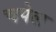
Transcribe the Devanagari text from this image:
चपेल